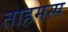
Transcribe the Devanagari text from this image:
ताहमस्प